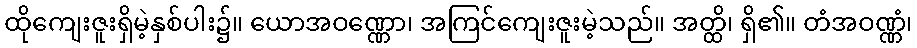
ထိုကျေးဇူးရှိမဲ့နှစ်ပါး၌။ ယောအဝဏ္ဏော၊ အကြင်ကျေးဇူးမဲ့သည်။ အတ္ထိ၊ ရှိ၏။ တံအဝဏ္ဏံ၊